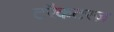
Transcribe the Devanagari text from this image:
टरैकटरज़